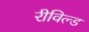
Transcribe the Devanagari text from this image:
रीविल्ड